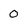
Character: 0